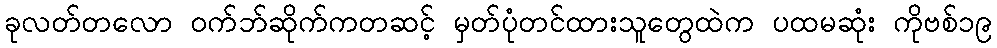
ခုလတ်တလော ဝက်ဘ်ဆိုက်ကတဆင့် မှတ်ပုံတင်ထားသူတွေထဲက ပထမဆုံး ကိုဗစ်၁၉